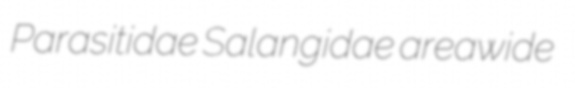
Parasitidae Salangidae areawide